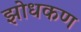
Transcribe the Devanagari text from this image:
झोधकण